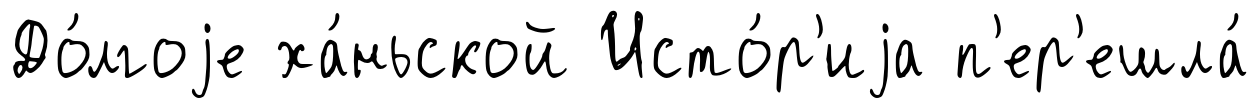
До́лгоjе ха́ньской Исто́р'иjа п'ер'ешла́